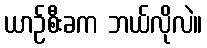
ယာဉ်စီးခက ဘယ်လိုလဲ။